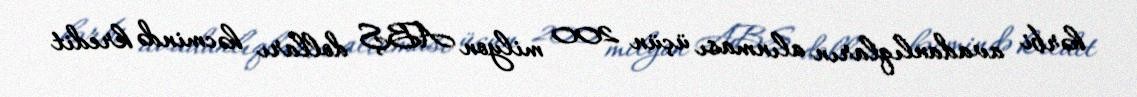
hərbi avadanlıqların alınması üçün 200 milyon ABŞ dolları həcmində kredit